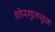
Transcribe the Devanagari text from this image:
शोरगुलयुक्त